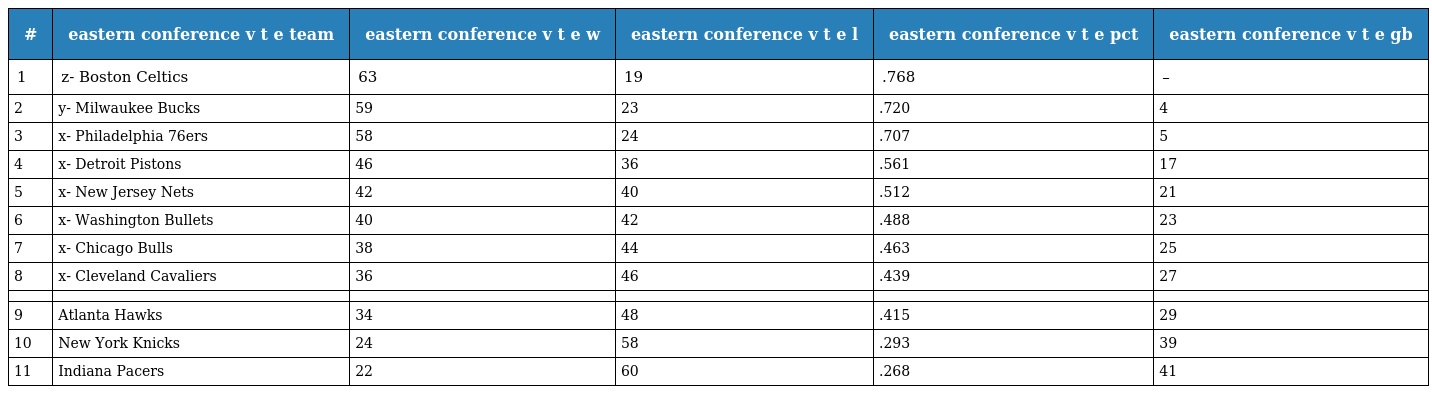
| # | eastern conference v t e team | eastern conference v t e w | eastern conference v t e l | eastern conference v t e pct | eastern conference v t e gb |
 | --- | --- | --- | --- | --- | --- |
 | 1 | z- Boston Celtics | 63 | 19 | .768 | – |
 | 2 | y- Milwaukee Bucks | 59 | 23 | .720 | 4 |
 | 3 | x- Philadelphia 76ers | 58 | 24 | .707 | 5 |
 | 4 | x- Detroit Pistons | 46 | 36 | .561 | 17 |
 | 5 | x- New Jersey Nets | 42 | 40 | .512 | 21 |
 | 6 | x- Washington Bullets | 40 | 42 | .488 | 23 |
 | 7 | x- Chicago Bulls | 38 | 44 | .463 | 25 |
 | 8 | x- Cleveland Cavaliers | 36 | 46 | .439 | 27 |
 |  |  |  |  |  |  |
 | 9 | Atlanta Hawks | 34 | 48 | .415 | 29 |
 | 10 | New York Knicks | 24 | 58 | .293 | 39 |
 | 11 | Indiana Pacers | 22 | 60 | .268 | 41 |